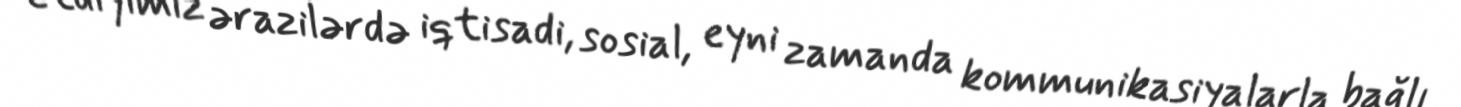
etdiyimiz ərazilərdə iqtisadi, sosial, eyni zamanda kommunikasiyalarla bağlı